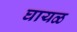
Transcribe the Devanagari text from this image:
घायळ